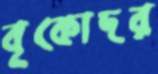
বৃকোদর